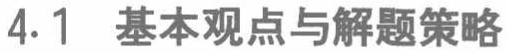
4.1 基本观点与解题策略